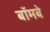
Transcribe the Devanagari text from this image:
बॉमबे